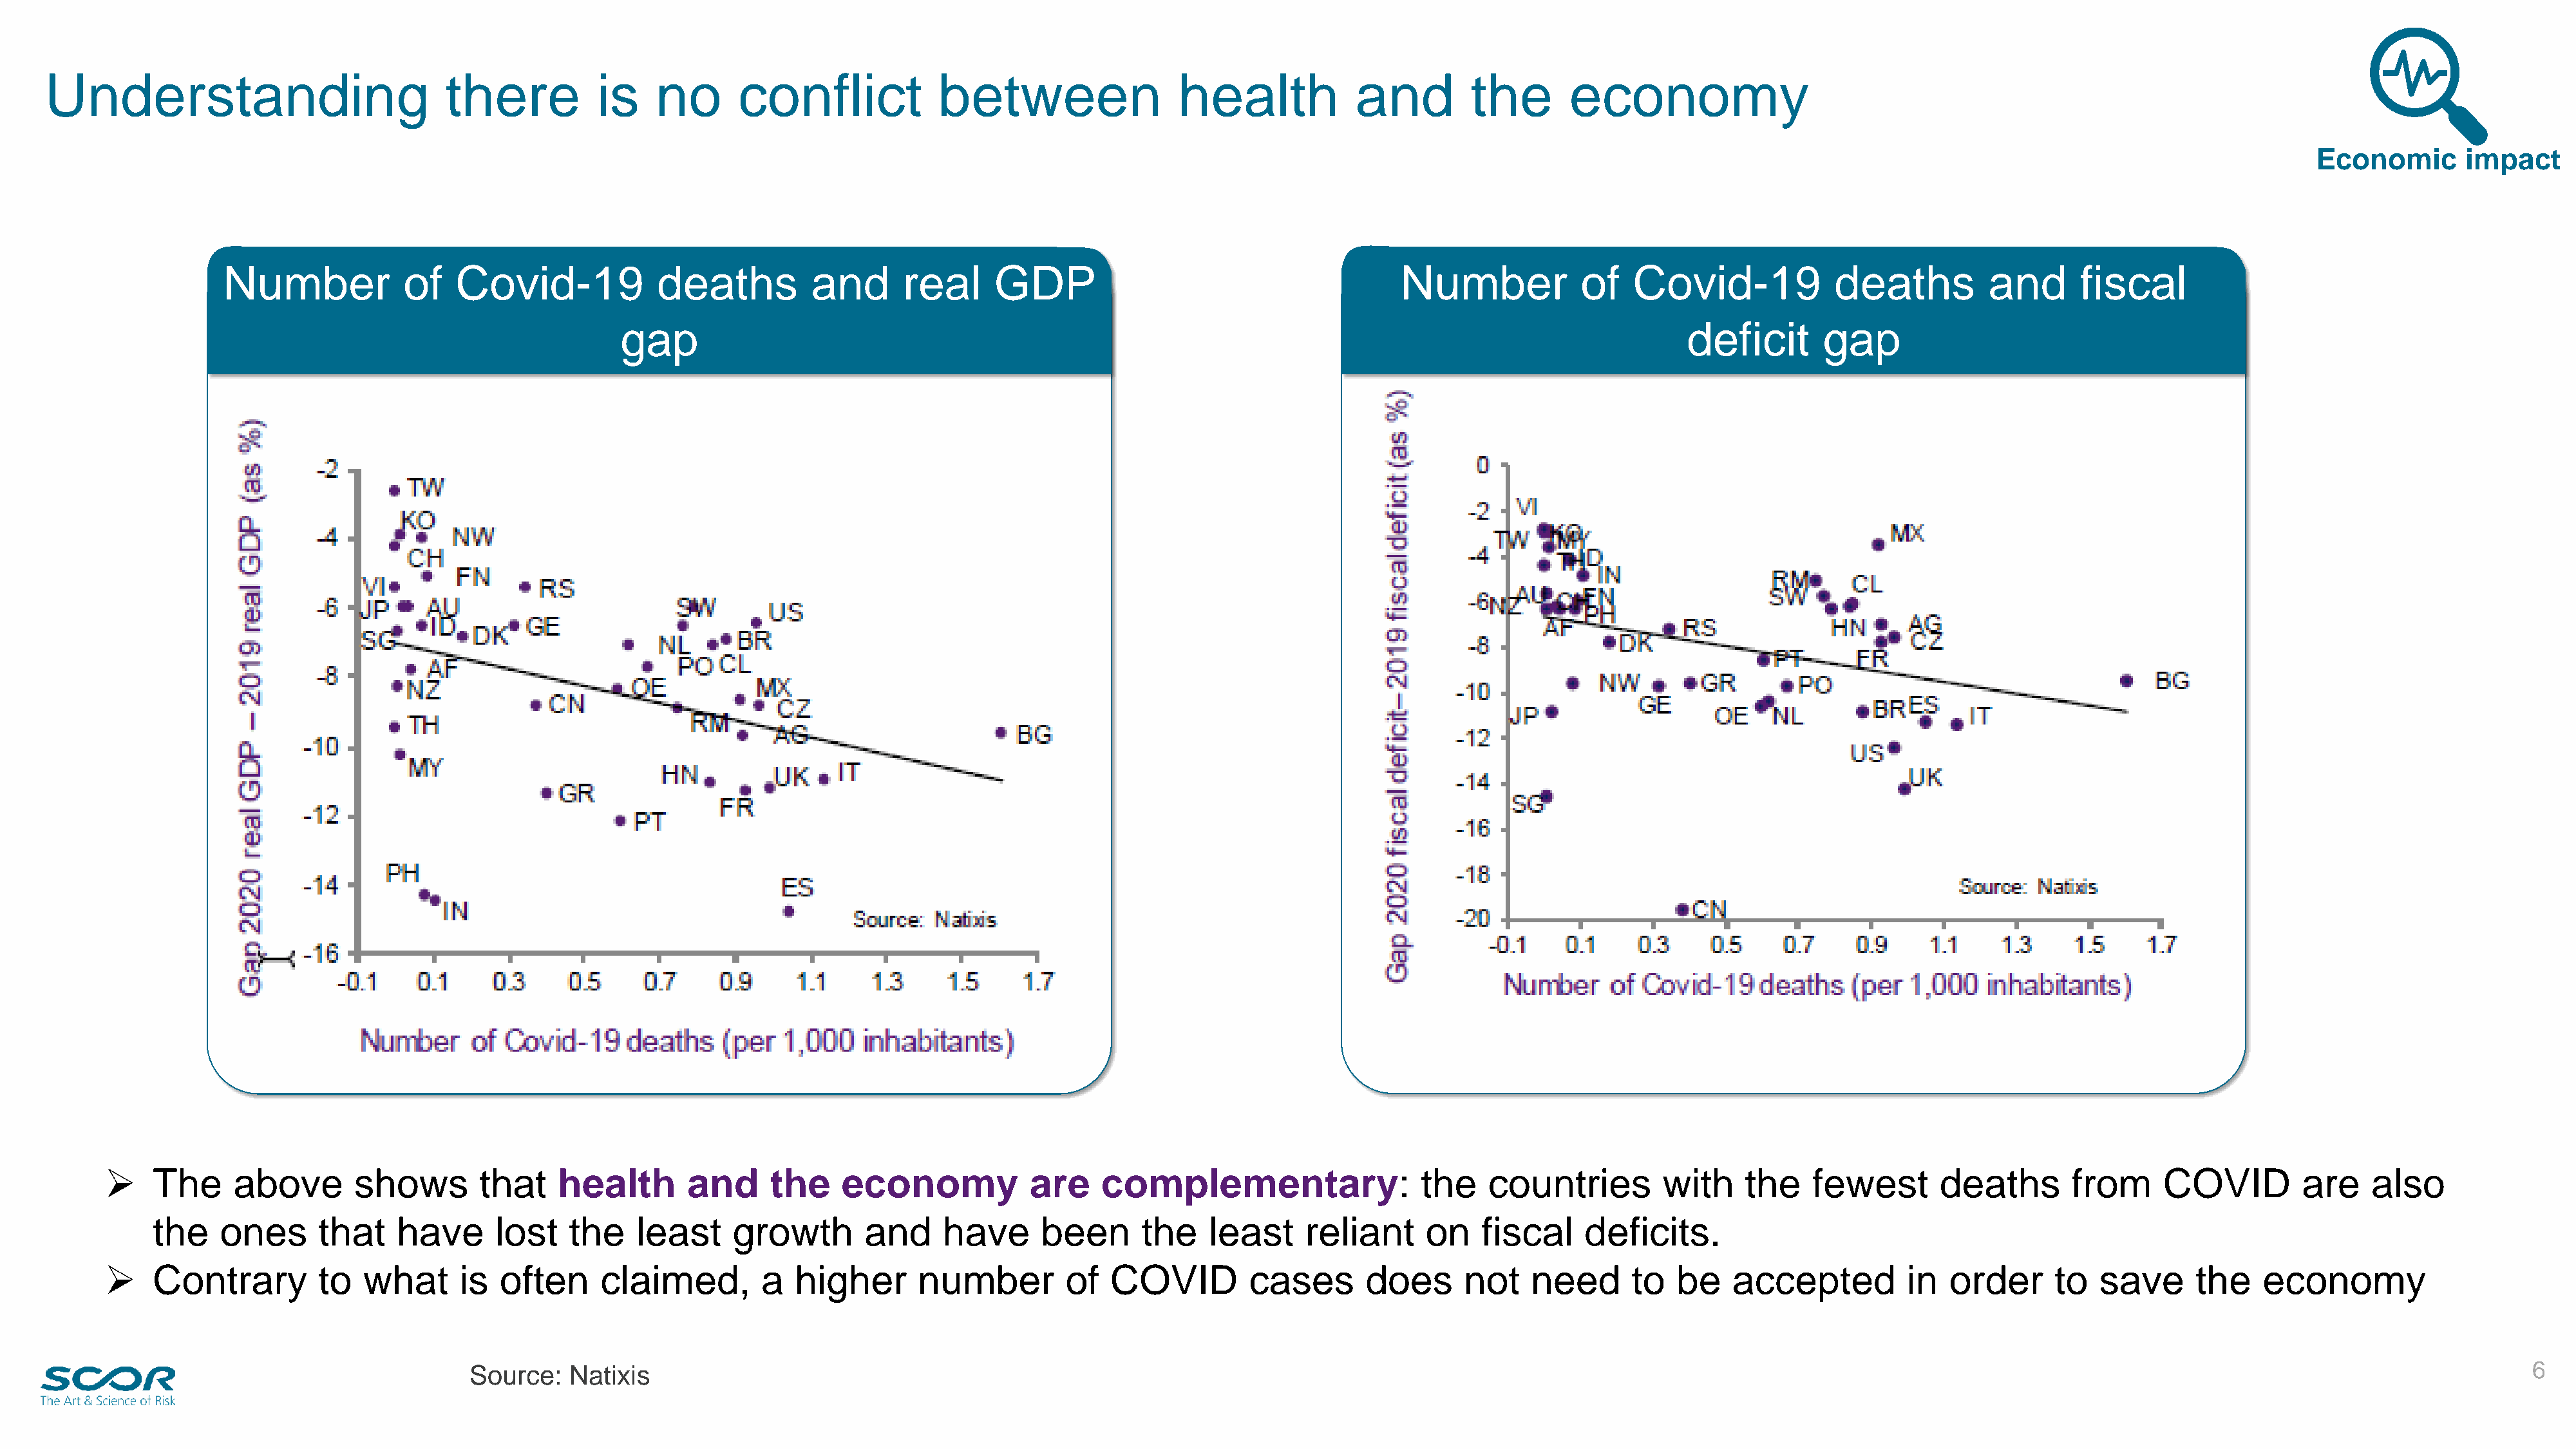
Understanding                            there          is    no       conflict            between                  health            and         the       economy
 Economic       impact
 Number            of    Covid-19             deaths         and       real     GDP                                       Number            of    Covid-19             deaths         and       fiscal
 gap                                                                                                          deficit       gap
 ➢    The     above       shows        that    health        and     the     economy            are    complementary:                   the    countries         with    the    fewest       deaths        from     COVID          are    also
 the    ones      that    have      lost   the    least     growth        and     have      been      the    least     reliant      on   fiscal     deficits.
 ➢    Contrary         to  what      is  often      claimed,        a   higher      number          of  COVID         cases       does      not    need       to  be    accepted          in  order      to   save      the    economy
 6
 Source:    Natixis